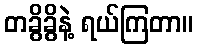
တခွိခွိနဲ့ ရယ်ကြတာ။